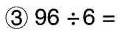
③96\div6=